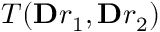
T ( \mathbf Ḋ r Ḍ _ { 1 } , \mathbf Ḋ r Ḍ _ { 2 } )